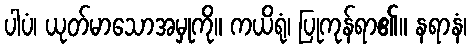
ပါပံ၊ ယုတ်မာသောအမှုကို။ ကယိရုံ၊ ပြုကုန်ရာ၏။ နရာနံ၊